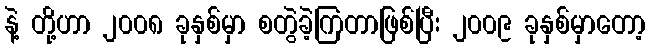
နဲ့ တို့ဟာ ၂၀၀၈ ခုနှစ်မှာ စတွဲခဲ့ကြတာဖြစ်ပြီး ၂၀၀၉ ခုနှစ်မှာတော့